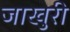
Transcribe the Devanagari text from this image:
जाखुरी